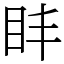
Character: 盽